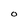
Character: O